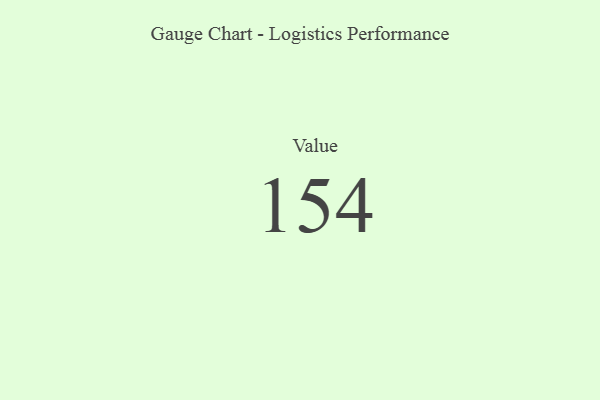
{"axis": {"x": "Metric", "y": "Value"}, "legend": [""], "data": [{"x": "Value", "y": 154, "type": ""}]}